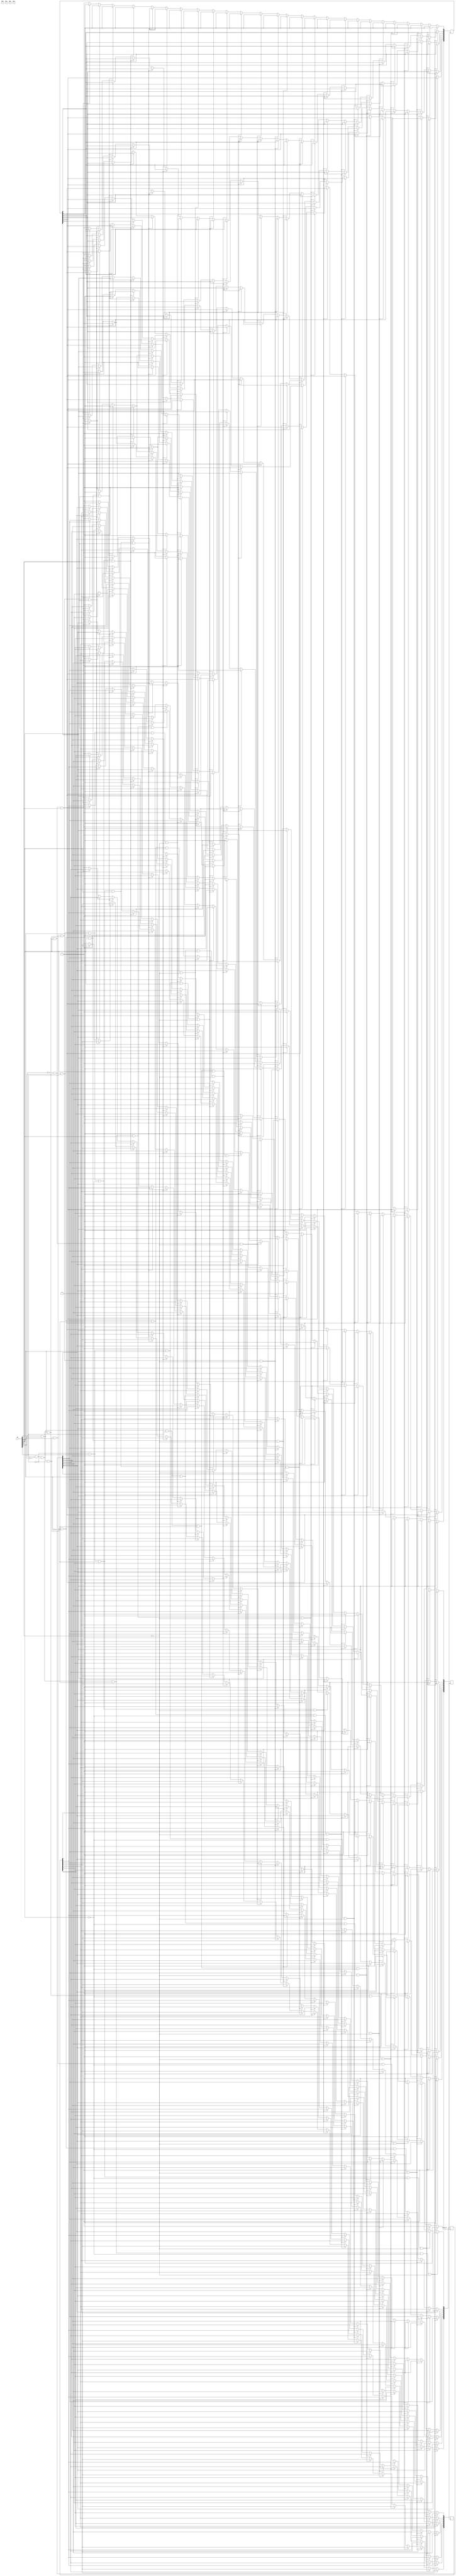
module T0_Braille(
	input [0:5] SW,
	input CLOCK_50,

	output reg [0:7] HEX0,
	output reg [0:7] HEX1,
	output reg [0:7] HEX2,
	output reg [0:7] HEX3
);

	always @(posedge CLOCK_50) begin
	

		if ( SW[0] == 1 && SW[1] == 0 && SW[2] == 0 && SW[3] == 0 && SW[4] == 0 && SW[5] == 0 ) begin // A
		
			HEX0[0] <= 0;
			HEX0[1] <= 0;
			HEX0[2] <= 0;
			HEX0[3] <= 1;
			HEX0[4] <= 0;
			HEX0[5] <= 0;
			HEX0[6] <= 0;
			
		end
		else if ( SW[0] == 1 && SW[1] == 0 && SW[2] == 1 && SW[3] == 0 && SW[4] == 0 && SW[5] == 0 ) begin // B
		
			HEX0[0] <= 1;
			HEX0[1] <= 1;
			HEX0[2] <= 0;
			HEX0[3] <= 0;
			HEX0[4] <= 0;
			HEX0[5] <= 0;
			HEX0[6] <= 0;
			
		end
		else if ( SW[0] == 1 && SW[1] == 1 && SW[2] == 0 && SW[3] == 0 && SW[4] == 0 && SW[5] == 0 ) begin // C
		
			HEX0[0] <= 0;
			HEX0[1] <= 1;
			HEX0[2] <= 1;
			HEX0[3] <= 0;
			HEX0[4] <= 0;
			HEX0[5] <= 0;
			HEX0[6] <= 1;
			
		end
		else if ( SW[0] == 1 && SW[1] == 1 && SW[2] == 0 && SW[3] == 1 && SW[4] == 0 && SW[5] == 0 ) begin // D
		
			HEX0[0] <= 1;
			HEX0[1] <= 0;
			HEX0[2] <= 0;
			HEX0[3] <= 0;
			HEX0[4] <= 0;
			HEX0[5] <= 1;
			HEX0[6] <= 0;
			
		end
		
		else if ( SW[0] == 1 && SW[1] == 0 && SW[2] == 0 && SW[3] == 1 && SW[4] == 0 && SW[5] == 0 ) begin // E
		
			HEX0[0] <= 0;
			HEX0[1] <= 1;
			HEX0[2] <= 1;
			HEX0[3] <= 0;
			HEX0[4] <= 0;
			HEX0[5] <= 0;
			HEX0[6] <= 0;
			
		end
		else if ( SW[0] == 1 && SW[1] == 1 && SW[2] == 1 && SW[3] == 0 && SW[4] == 0 && SW[5] == 0 ) begin // F
		
			HEX0[0] <= 0;
			HEX0[1] <= 1;
			HEX0[2] <= 1;
			HEX0[3] <= 1;
			HEX0[4] <= 0;
			HEX0[5] <= 0;
			HEX0[6] <= 0;
			
		end
		else if ( SW[0] == 1 && SW[1] == 1 && SW[2] == 1 && SW[3] == 1 && SW[4] == 0 && SW[5] == 0 ) begin // G
		
			HEX0[0] <= 0;
			HEX0[1] <= 1;
			HEX0[2] <= 0;
			HEX0[3] <= 0;
			HEX0[4] <= 0;
			HEX0[5] <= 0;
			HEX0[6] <= 0;
			
		end
		else if ( SW[0] == 1 && SW[1] == 0 && SW[2] == 1 && SW[3] == 1 && SW[4] == 0 && SW[5] == 0 ) begin // H
		
			HEX0[0] <= 1;
			HEX0[1] <= 1;
			HEX0[2] <= 0;
			HEX0[3] <= 1;
			HEX0[4] <= 0;
			HEX0[5] <= 0;
			HEX0[6] <= 0;
			
		end
		else if ( SW[0] == 0 && SW[1] == 1 && SW[2] == 1 && SW[3] == 0 && SW[4] == 0 && SW[5] == 0 ) begin // I
		
			HEX0[0] <= 1;
			HEX0[1] <= 0;
			HEX0[2] <= 0;
			HEX0[3] <= 1;
			HEX0[4] <= 1;
			HEX0[5] <= 1;
			HEX0[6] <= 1;
			
		end
		else if ( SW[0] == 0 && SW[1] == 1 && SW[2] == 1 && SW[3] == 1 && SW[4] == 0 && SW[5] == 0 ) begin // J
		
			HEX0[0] <= 1;
			HEX0[1] <= 0;
			HEX0[2] <= 0;
			HEX0[3] <= 0;
			HEX0[4] <= 0;
			HEX0[5] <= 1;
			HEX0[6] <= 1;
			
		end
		else if ( SW[0] == 1 && SW[1] == 0 && SW[2] == 0 && SW[3] == 0 && SW[4] == 1 && SW[5] == 0 ) begin // K  	|_|
																																			//			|
			HEX0[0] <= 1;
			HEX0[1] <= 0;
			HEX0[2] <= 1;
			HEX0[3] <= 1;
			HEX0[4] <= 0;
			HEX0[5] <= 0;
			HEX0[6] <= 0;
			
		end
		else if ( SW[0] == 1 && SW[1] == 0 && SW[2] == 1 && SW[3] == 0 && SW[4] == 1 && SW[5] == 0 ) begin // L
		
			HEX0[0] <= 1;
			HEX0[1] <= 1;
			HEX0[2] <= 1;
			HEX0[3] <= 0;
			HEX0[4] <= 0;
			HEX0[5] <= 0;
			HEX0[6] <= 1;
			
		end
		else if ( SW[0] == 1 && SW[1] == 1 && SW[2] == 0 && SW[3] == 0 && SW[4] == 1 && SW[5] == 0 ) begin // M		 _
																																			//			| |
			HEX0[0] <= 0;																												//			| |
			HEX0[1] <= 0;
			HEX0[2] <= 0;
			HEX0[3] <= 1;
			HEX0[4] <= 0;
			HEX0[5] <= 0;
			HEX0[6] <= 1;
			
		end
		else if ( SW[0] == 1 && SW[1] == 1 && SW[2] == 0 && SW[3] == 1 && SW[4] == 1 && SW[5] == 0 ) begin // N
		
			HEX0[0] <= 1;
			HEX0[1] <= 1;
			HEX0[2] <= 0;
			HEX0[3] <= 1;
			HEX0[4] <= 0;
			HEX0[5] <= 1;
			HEX0[6] <= 0;
			
		end
		else if ( SW[0] == 1 && SW[1] == 0 && SW[2] == 0 && SW[3] == 1 && SW[4] == 1 && SW[5] == 0 ) begin // O
		
			HEX0[0] <= 0;
			HEX0[1] <= 0;
			HEX0[2] <= 0;
			HEX0[3] <= 0;
			HEX0[4] <= 0;
			HEX0[5] <= 0;
			HEX0[6] <= 1;
			
		end
		else if ( SW[0] == 1 && SW[1] == 1 && SW[2] == 1 && SW[3] == 0 && SW[4] == 1 && SW[5] == 0 ) begin // P
		
			HEX0[0] <= 0;
			HEX0[1] <= 0;
			HEX0[2] <= 1;
			HEX0[3] <= 1;
			HEX0[4] <= 0;
			HEX0[5] <= 0;
			HEX0[6] <= 0;
			
		end
		else if ( SW[0] == 1 && SW[1] == 1 && SW[2] == 1 && SW[3] == 1 && SW[4] == 1 && SW[5] == 0 ) begin // Q
		
			HEX0[0] <= 0;
			HEX0[1] <= 0;
			HEX0[2] <= 0;
			HEX0[3] <= 1;
			HEX0[4] <= 1;
			HEX0[5] <= 0;
			HEX0[6] <= 0;
			
		end
		else if ( SW[0] == 1 && SW[1] == 0 && SW[2] == 1 && SW[3] == 1 && SW[4] == 1 && SW[5] == 0 ) begin // R
		
			HEX0[0] <= 1;
			HEX0[1] <= 1;
			HEX0[2] <= 1;
			HEX0[3] <= 1;
			HEX0[4] <= 0;
			HEX0[5] <= 1;
			HEX0[6] <= 0;
			
		end
		else if ( SW[0] == 0 && SW[1] == 1 && SW[2] == 1 && SW[3] == 0 && SW[4] == 1 && SW[5] == 0 ) begin // S
		
			HEX0[0] <= 0;
			HEX0[1] <= 1;
			HEX0[2] <= 0;
			HEX0[3] <= 0;
			HEX0[4] <= 1;
			HEX0[5] <= 0;
			HEX0[6] <= 0;
			
		end
		else if ( SW[0] == 0 && SW[1] == 1 && SW[2] == 1 && SW[3] == 1 && SW[4] == 1 && SW[5] == 0 ) begin // T
		
			HEX0[0] <= 0;
			HEX0[1] <= 0;
			HEX0[2] <= 0;
			HEX0[3] <= 1;
			HEX0[4] <= 1;
			HEX0[5] <= 1;
			HEX0[6] <= 1;
			
		end
		else if ( SW[0] == 1 && SW[1] == 0 && SW[2] == 0 && SW[3] == 0 && SW[4] == 1 && SW[5] == 1 ) begin // U
		
			HEX0[0] <= 1;
			HEX0[1] <= 1;
			HEX0[2] <= 0;
			HEX0[3] <= 0;
			HEX0[4] <= 0;
			HEX0[5] <= 1;
			HEX0[6] <= 1;
			
		end
		else if ( SW[0] == 1 && SW[1] == 0 && SW[2] == 1 && SW[3] == 0 && SW[4] == 1 && SW[5] == 1 ) begin // V
		
			HEX0[0] <= 1;
			HEX0[1] <= 0;
			HEX0[2] <= 0;
			HEX0[3] <= 0;
			HEX0[4] <= 0;
			HEX0[5] <= 0;
			HEX0[6] <= 1;
			
		end
		else if ( SW[0] == 0 && SW[1] == 1 && SW[2] == 1 && SW[3] == 1 && SW[4] == 0 && SW[5] == 1 ) begin // W
		
			HEX0[0] <= 1;
			HEX0[1] <= 0;
			HEX0[2] <= 0;
			HEX0[3] <= 0;
			HEX0[4] <= 0;
			HEX0[5] <= 0;
			HEX0[6] <= 0;
			
		end
		else if ( SW[0] == 1 && SW[1] == 1 && SW[2] == 0 && SW[3] == 0 && SW[4] == 1 && SW[5] == 1 ) begin // X
		
			HEX0[0] <= 1;
			HEX0[1] <= 0;
			HEX0[2] <= 0;
			HEX0[3] <= 1;
			HEX0[4] <= 0;
			HEX0[5] <= 0;
			HEX0[6] <= 0;
			
		end
		else if ( SW[0] == 1 && SW[1] == 1 && SW[2] == 0 && SW[3] == 1 && SW[4] == 1 && SW[5] == 1 ) begin // Y
		
			HEX0[0] <= 1;
			HEX0[1] <= 0;
			HEX0[2] <= 0;
			HEX0[3] <= 1;
			HEX0[4] <= 1;
			HEX0[5] <= 0;
			HEX0[6] <= 0;
			
		end
		else if ( SW[0] == 1 && SW[1] == 0 && SW[2] == 0 && SW[3] == 1 && SW[4] == 1 && SW[5] == 1 ) begin // Z
		
			HEX0[0] <= 0;
			HEX0[1] <= 0;
			HEX0[2] <= 1;
			HEX0[3] <= 0;
			HEX0[4] <= 0;
			HEX0[5] <= 1;
			HEX0[6] <= 0;
			
		end
		
		else begin   //todos apagados
			HEX0[0] <= 1;
			HEX0[1] <= 1;
			HEX0[2] <= 1;
			HEX0[3] <= 1;
			HEX0[4] <= 1;
			HEX0[5] <= 1;
			HEX0[6] <= 1;
			
			HEX1[0] <= 1;
			HEX1[1] <= 1;
			HEX1[2] <= 1;
			HEX1[3] <= 1;
			HEX1[4] <= 1;
			HEX1[5] <= 1;
			HEX1[6] <= 1;
			
			HEX2[0] <= 1;
			HEX2[1] <= 1;
			HEX2[2] <= 1;
			HEX2[3] <= 1;
			HEX2[4] <= 1;
			HEX2[5] <= 1;
			HEX2[6] <= 1;
			
			HEX3[0] <= 1;
			HEX3[1] <= 1;
			HEX3[2] <= 1;
			HEX3[3] <= 1;
			HEX3[4] <= 1;
			HEX3[5] <= 1;
			HEX3[6] <= 1;
		end
	
	end

endmodule